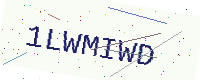
Text: 1LWMIWD